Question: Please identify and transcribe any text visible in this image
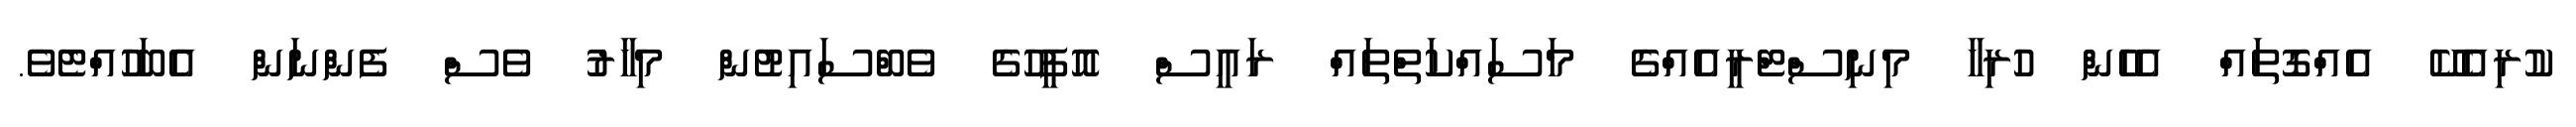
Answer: ކުރިއެކޭ އެއްގޮތައް އެހެން ހުރިހާ މިނިސްޓްރީއެއްގެ މަސައްކަތްތައް ރައީސް އޮފީހުގެ ވެބްސައިޓުން މިހާރު ވެސް ފެންނަން އެބަހުއްޓެވެ.